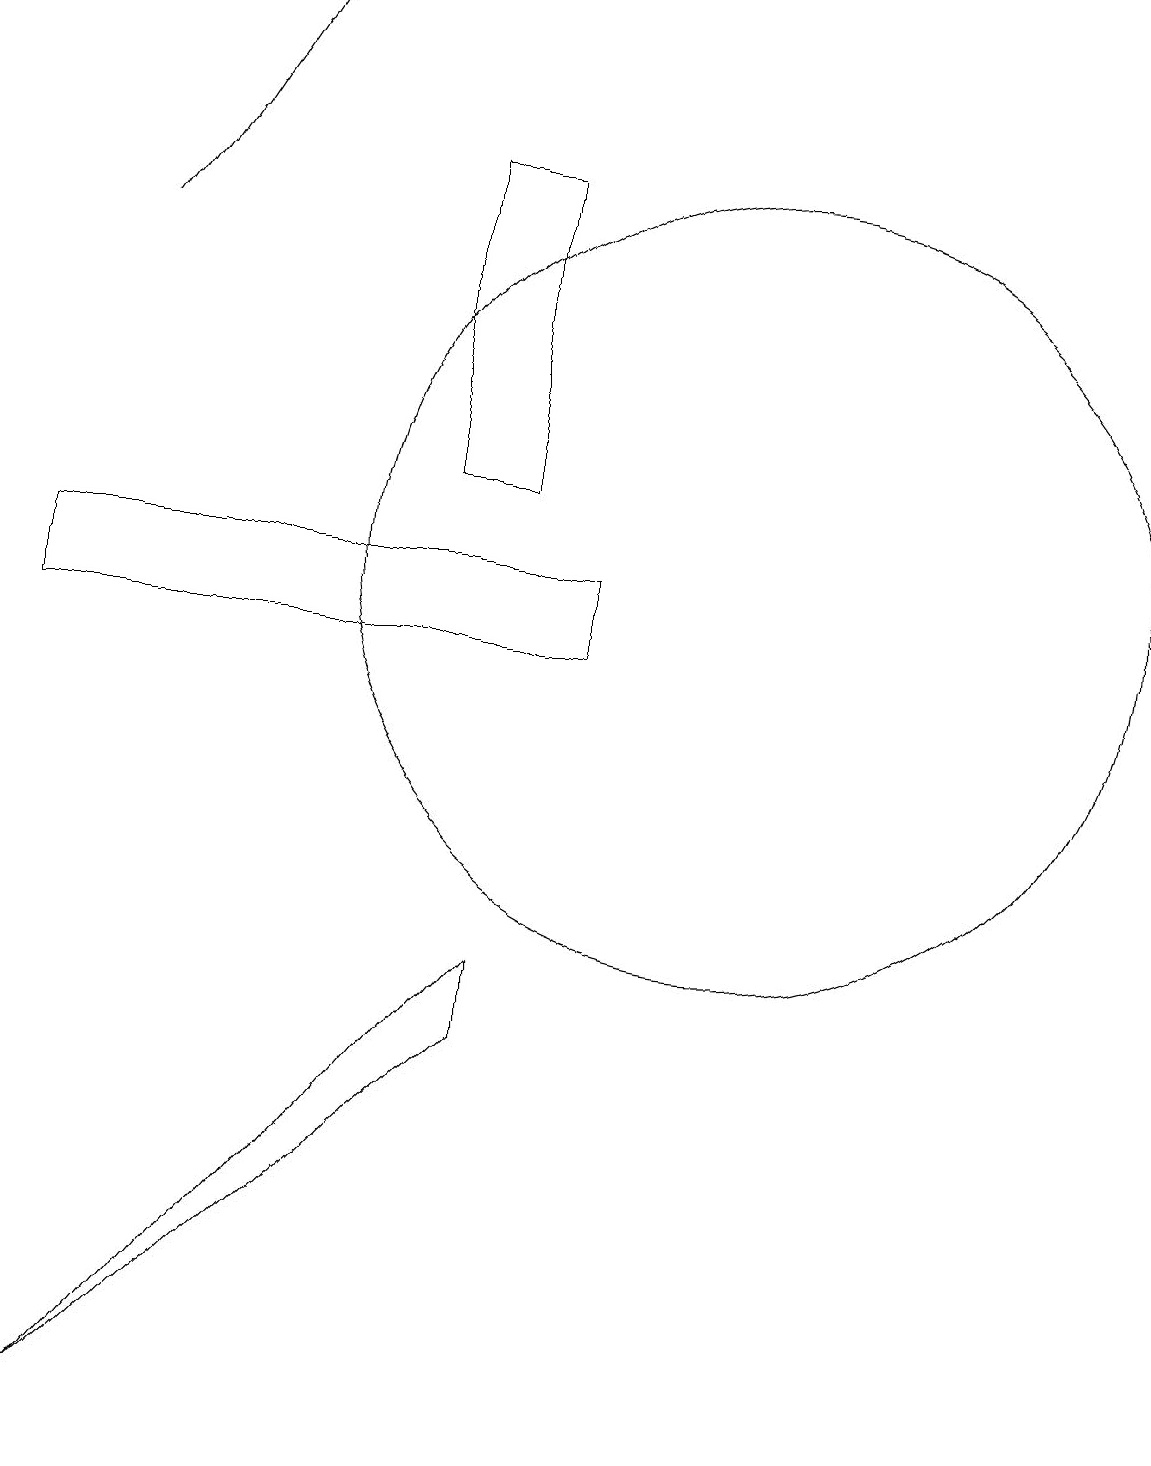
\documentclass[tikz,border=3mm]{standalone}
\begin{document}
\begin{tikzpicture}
\draw (8,10) rectangle (1,11);
\draw (6,16) rectangle (7,12);
\draw (10,11) circle (5);
\draw[->] (2,15) -- (4,18);
\draw (2,0) -- (7,6) -- (7,5) -- cycle;
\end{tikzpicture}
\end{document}